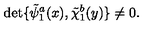
\det \{ \tilde { \psi } _ { 1 } ^ { a } ( x ) , \tilde { \chi } _ { 1 } ^ { b } ( y ) \} \neq 0 .